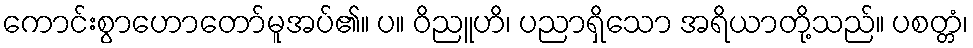
ကောင်းစွာဟောတော်မူအပ်၏။ ပ။ ဝိညူဟိ၊ ပညာရှိသော အရိယာတို့သည်။ ပစတ္တံ၊